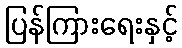
ပြန်ကြားရေးနှင့်